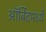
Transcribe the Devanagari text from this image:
ऑर्बिटमध्ये